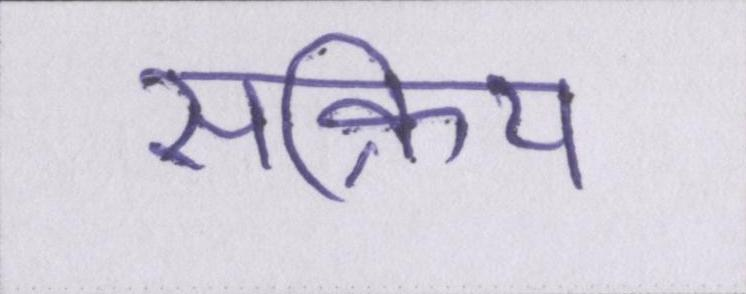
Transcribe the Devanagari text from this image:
सक्रिय